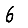
Digit: 6